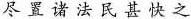
尽置诸法民甚快之